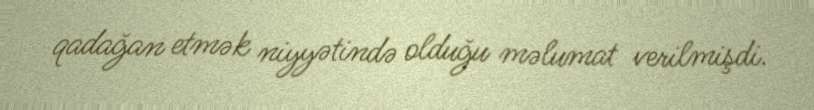
qadağan etmək niyyətində olduğu məlumat verilmişdi.